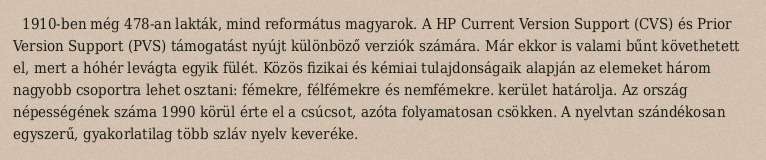
1910-ben még 478-an lakták, mind református magyarok. A HP Current Version Support (CVS) és Prior Version Support (PVS) támogatást nyújt különböző verziók számára. Már ekkor is valami bűnt követhetett el, mert a hóhér levágta egyik fülét. Közös fizikai és kémiai tulajdonságaik alapján az elemeket három nagyobb csoportra lehet osztani: fémekre, félfémekre és nemfémekre. kerület határolja. Az ország népességének száma 1990 körül érte el a csúcsot, azóta folyamatosan csökken. A nyelvtan szándékosan egyszerű, gyakorlatilag több szláv nyelv keveréke.